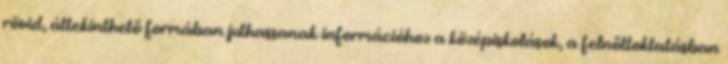
rövid, áttekinthető formában juthassanak információhoz a középiskolások, a felnőttoktatásban